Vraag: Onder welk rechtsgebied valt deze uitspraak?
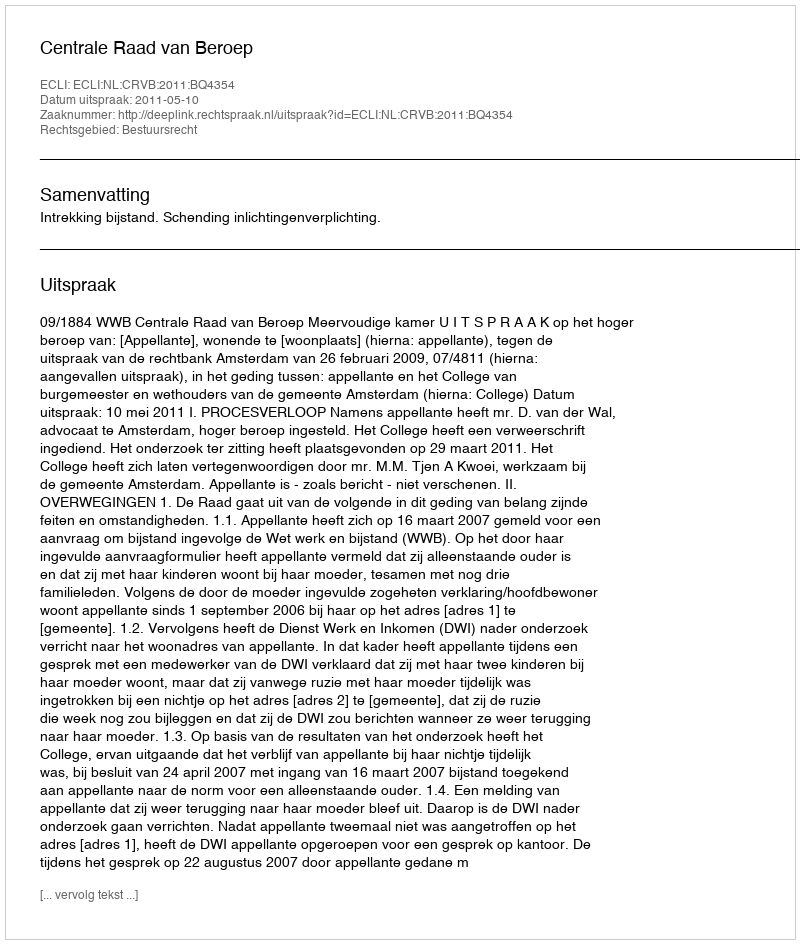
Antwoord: Bestuursrecht